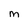
Character: M